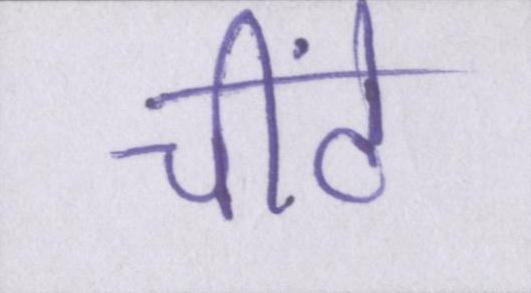
चींटे